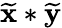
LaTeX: \mathbf{\widetilde{x}}*\mathbf{\widetilde{y}}